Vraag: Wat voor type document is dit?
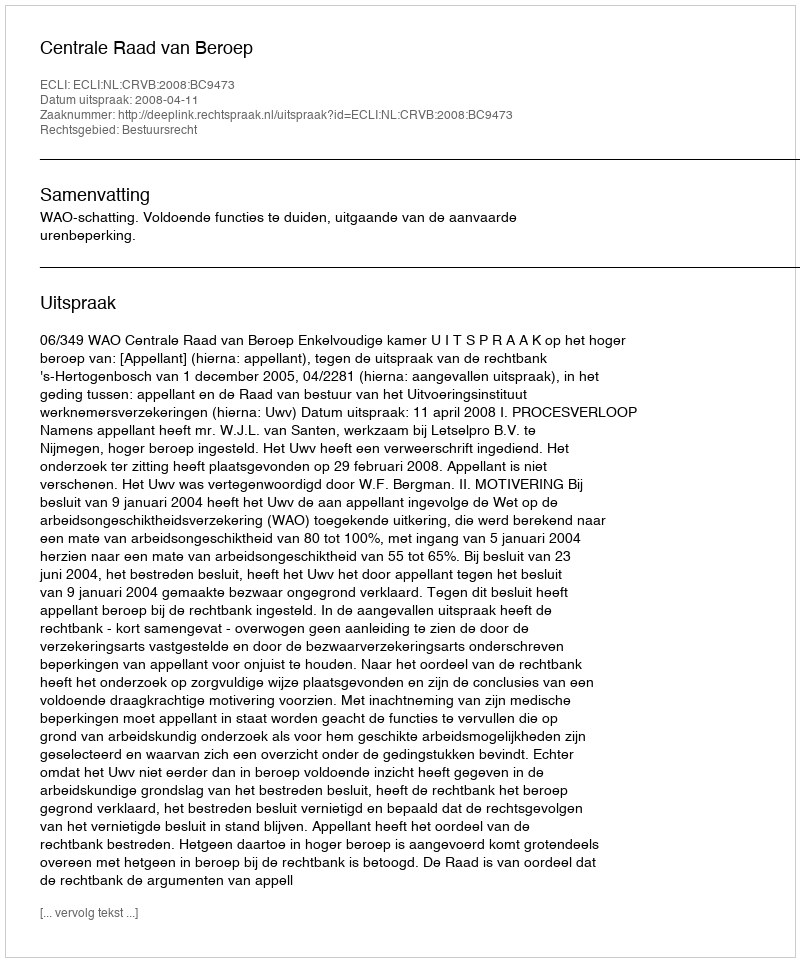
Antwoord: Uitspraak